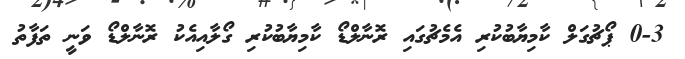
0-3 ޕޯޗުގަލް ކާމިޔާބުކުރި އެމެޗުގައި ރޮނާލްޑޯ ކާމިޔާބުކުރި ގޯލާއިއެކު ރޮނާލްޑޯ ވަނީ ތަފާތު